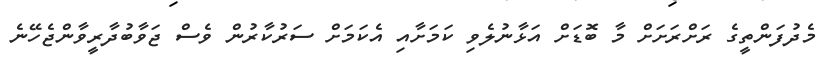
މެދުފަންތީގެ ރަށްރަށަށް މާ ބޮޑަށް އަޅާނުލެވި ކަމަށާއި އެކަމަށް ސަރުކާރުން ވެސް ޖަވާބުދާރީވާންޖެހޭނެ